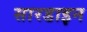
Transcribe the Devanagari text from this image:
सारडाइन